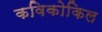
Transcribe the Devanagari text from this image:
कविकोकिल